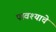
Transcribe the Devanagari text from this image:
पावश्याचे